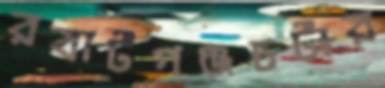
রবার্টগঞ্জচর্টার